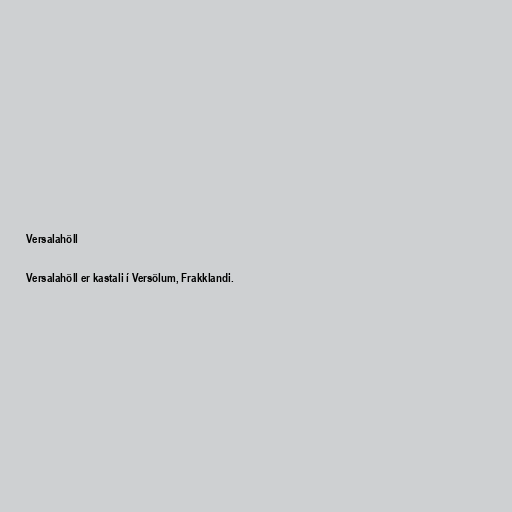
Versalahöll

Versalahöll er kastali í Versölum, Frakklandi.